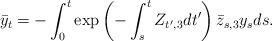
LaTeX: \begin{align*}\bar{y}_t = - \int_0^t \exp\left(-\int_s^t Z_{t',3}dt'\right)\bar{z}_{s,3}y_s ds.\end{align*}